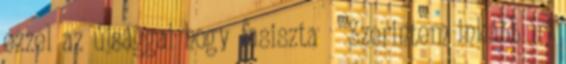
ezzel az újsággal hogy fasiszta 🙁 Szerintem inkább írj